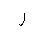
Letter: _lam